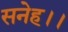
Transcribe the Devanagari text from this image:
सनेह।।